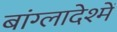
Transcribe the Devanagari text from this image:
बांग्लादेश्में